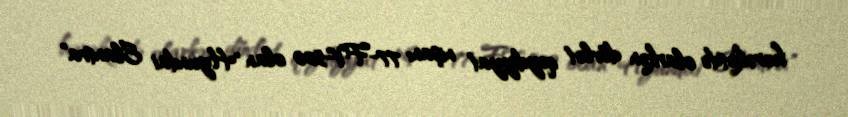
hərəkətdə olarkən dövlət qeydiyyat nişanı 77-FV-520 olan "Hyundai Elantra"